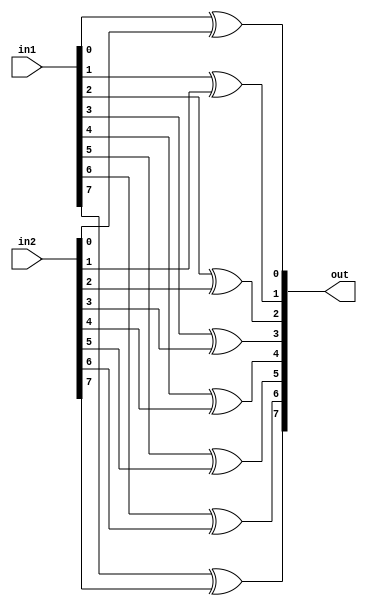
module xorer #(parameter SIZE=8)(input [SIZE-1:0]in1, input [SIZE-1:0] in2, output[SIZE-1:0] out);

    generate
        genvar i;
        for(i=0; i<SIZE; i=i+1)begin
            assign out[i] = in1[i]^in2[i];
        end
    endgenerate

endmodule